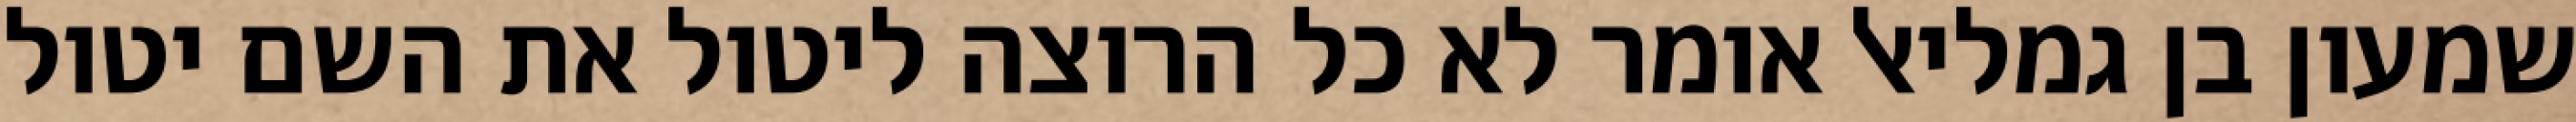
שמעון בן גמליאל אומר לא כל הרוצה ליטול את השם יטול